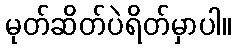
မုတ်ဆိတ်ပဲရိတ်မှာပါ။